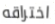
اختراقه